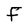
Character: F